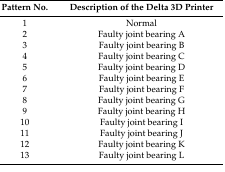
<table><thead><tr><td><b>Pattern No.</b></td><td><b>Description of the Delta 3D Printer</b></td></tr></thead><tbody><tr><td>1</td><td>Normal</td></tr><tr><td>2</td><td>Faulty joint bearing A</td></tr><tr><td>3</td><td>Faulty joint bearing B</td></tr><tr><td>4</td><td>Faulty joint bearing C</td></tr><tr><td>5</td><td>Faulty joint bearing D</td></tr><tr><td>6</td><td>Faulty joint bearing E</td></tr><tr><td>7</td><td>Faulty joint bearing F</td></tr><tr><td>8</td><td>Faulty joint bearing G</td></tr><tr><td>9</td><td>Faulty joint bearing H</td></tr><tr><td>10</td><td>Faulty joint bearing I</td></tr><tr><td>11</td><td>Faulty joint bearing J</td></tr><tr><td>12</td><td>Faulty joint bearing K</td></tr><tr><td>13</td><td>Faulty joint bearing L</td></tr></tbody></table>